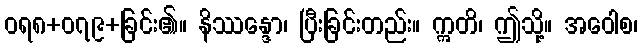
ဝရ၈+၀၇၉+ခြင်း၏။ နိဿန္ဒော၊ ပြီးခြင်းတည်း။ ဣတိ၊ ဤသို့။ အဝေါစ၊